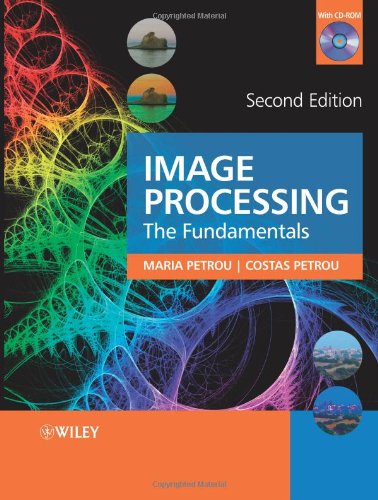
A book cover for Image Processing: The Fundamentals; Maria Petrou; Science & Math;